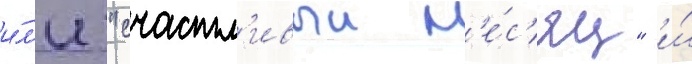
и́л'и "счастл'ивыи м'е́с'яц" и́